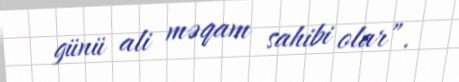
günü ali məqam sahibi olar”.